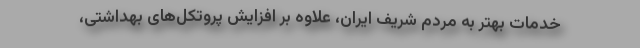
خدمات بهتر به مردم شریف ایران، علاوه بر افزایش پروتکل‌‌های بهداشتی،